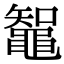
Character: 鼅